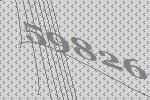
59826